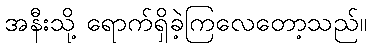
အနီးသို့ ရောက်ရှိခဲ့ကြလေတော့သည်။